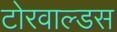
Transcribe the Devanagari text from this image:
टोरवाल्डस